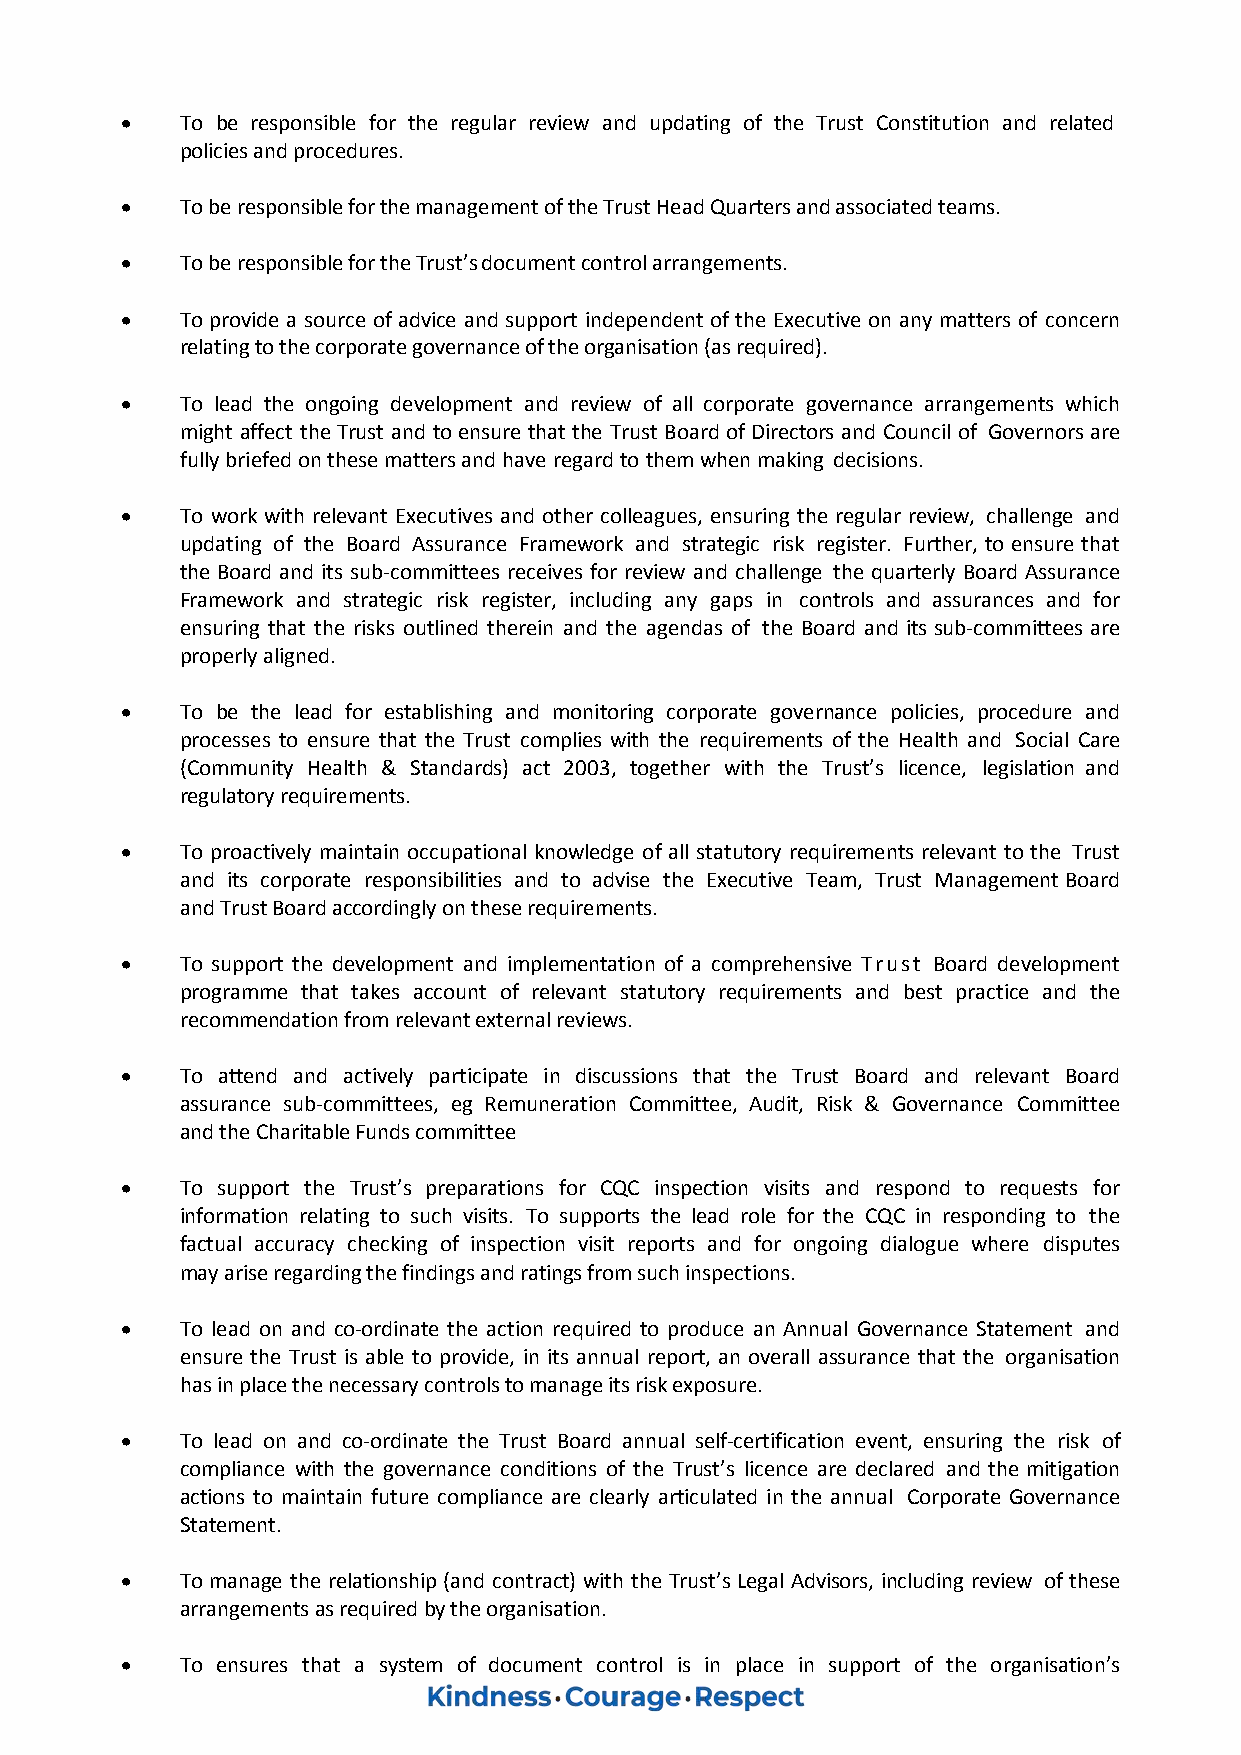
   To be responsible for the regular review and updating of the Trust Constitution and related
 policies and procedures.
    To be responsible for the management of the Trust Head Quarters and associated teams.
    To be responsible for the Trust’s document control arrangements.
    To provide a source of advice and support independent of the Executive on any matters of concern
 relating to the corporate governance of the organisation (as required).
    To lead the ongoing development and review of all corporate governance arrangements which
 might affect the Trust and to ensure that the Trust Board of Directors and Council of Governors are
 fully briefed on these matters and have regard to them when making decisions.
    To work with relevant Executives and other colleagues, ensuring the regular review, challenge and
 updating of the Board Assurance Framework and strategic risk register. Further, to ensure that
 the Board and its sub-committees receives for review and challenge the quarterly Board Assurance
 Framework and strategic risk register, including any gaps in controls and assurances and for
 ensuring that the risks outlined therein and the agendas of the Board and its sub-committees are
 properly aligned.
    To be the lead for establishing and monitoring corporate governance policies, procedure and
 processes to ensure that the Trust complies with the requirements of the Health and Social Care
 (Community Health & Standards) act 2003, together with the Trust’s licence, legislation and
 regulatory requirements.
    To proactively maintain occupational knowledge of all statutory requirements relevant to the Trust
 and its corporate responsibilities and to advise the Executive Team, Trust Management Board
 and Trust Board accordingly on these requirements.
    To support the development and implementation of a comprehensive Trust Board development
 programme that takes account of relevant statutory requirements and best practice and the
 recommendation from relevant external reviews.
    To attend and actively participate in discussions that the Trust Board and relevant Board
 assurance sub-committees, eg Remuneration Committee, Audit, Risk & Governance Committee
 and the Charitable Funds committee
    To support the Trust’s preparations for CQC inspection visits and respond to requests for
 information relating to such visits. To supports the lead role for the CQC in responding to the
 factual accuracy checking of inspection visit reports and for ongoing dialogue where disputes
 may arise regarding the findings and ratings from such inspections.
    To lead on and co-ordinate the action required to produce an Annual Governance Statement and
 ensure the Trust is able to provide, in its annual report, an overall assurance that the organisation
 has in place the necessary controls to manage its risk exposure.
    To lead on and co-ordinate the Trust Board annual self-certification event, ensuring the risk of
 compliance with the governance conditions of the Trust’s licence are declared and the mitigation
 actions to maintain future compliance are clearly articulated in the annual Corporate Governance
 Statement.
    To manage the relationship (and contract) with the Trust’s Legal Advisors, including review of these
 arrangements as required by the organisation.
    To ensures that a system of document control is in place in support of the organisation’s